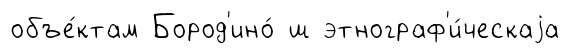
объе́ктам Бород'ино́ ш этнограф'и́ческаjа